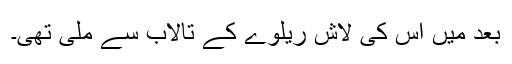
بعد میں اس کی لاش ریلوے کے تالاب سے ملی تھی۔